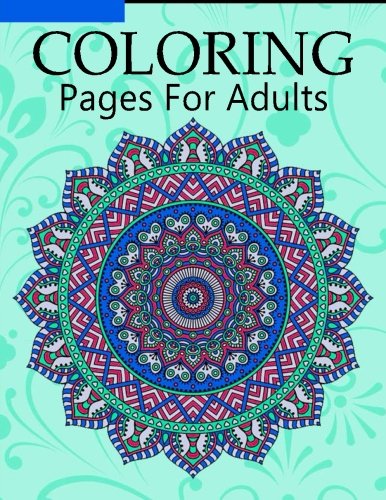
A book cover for Coloring Pages for Adults: Stress Relieving Patterns : Coloring Books For Adults, coloring books for adults relaxation, Meditation Coloring Book for adult (Volume 9); Coloring Pages for Adults; Arts & Photography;